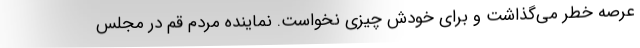
عرصه خطر می‌گذاشت و برای خودش چیزی نخواست. نماینده مردم قم در مجلس